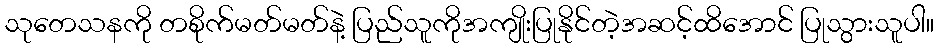
သုတေသနကို တစိုက်မတ်မတ်နဲ့ ပြည်သူကိုအကျိုးပြုနိုင်တဲ့အဆင့်ထိအောင် ပြုသွားသူပါ။